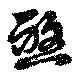
殺